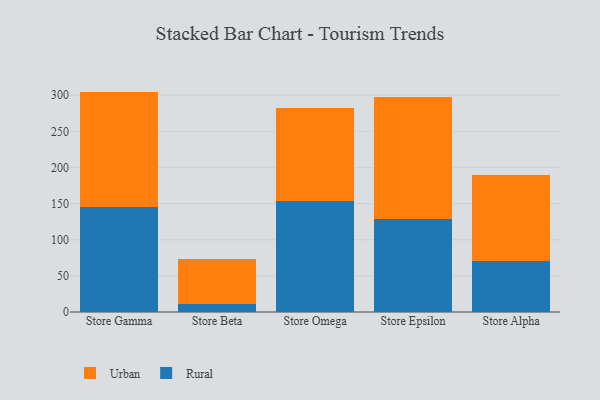
{"axis": {"x": "Store", "y": "Temperature (°C)"}, "legend": ["Rural", "Urban"], "data": [{"x": "Store Gamma", "y": 146.0, "type": "Rural"}, {"x": "Store Gamma", "y": 159.0, "type": "Urban"}, {"x": "Store Beta", "y": 11.6, "type": "Rural"}, {"x": "Store Beta", "y": 62.2, "type": "Urban"}, {"x": "Store Omega", "y": 153.9, "type": "Rural"}, {"x": "Store Omega", "y": 128.5, "type": "Urban"}, {"x": "Store Epsilon", "y": 128.5, "type": "Rural"}, {"x": "Store Epsilon", "y": 168.6, "type": "Urban"}, {"x": "Store Alpha", "y": 70.6, "type": "Rural"}, {"x": "Store Alpha", "y": 119.1, "type": "Urban"}]}